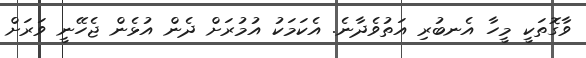
ވާގޮތަކީ މީހާ އެނބުރި އަތުވެދާނެ. އެކަމަކު އުމުރަށް ދެން އުޅެން ޖެހޭނީ ވަރަށް